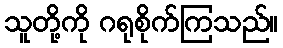
သူတို့ကို ဂရုစိုက်ကြသည်။